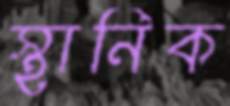
স্থানিক